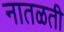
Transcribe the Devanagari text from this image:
नातळती